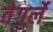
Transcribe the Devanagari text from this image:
वेगुर्ले